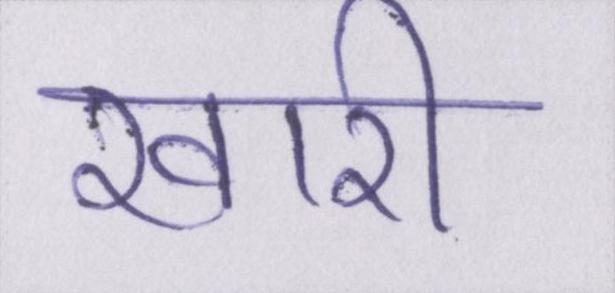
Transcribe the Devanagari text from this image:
खारी